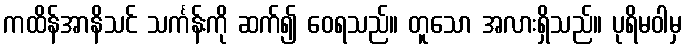
ကထိန်အာနိသင် သင်္ကန်းကို ဆက်၍ ဝေရသည်။ တူသော အလားရှိသည်။ ပုရိမဝါမှ